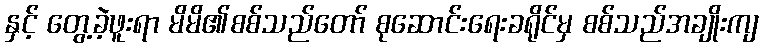
နှင့် တွေ့ခဲ့ဖူးရာ မိမိ၏စစ်သည်တော် စုဆောင်းရေးခရိုင်မှ စစ်သည်အချိုးကျ